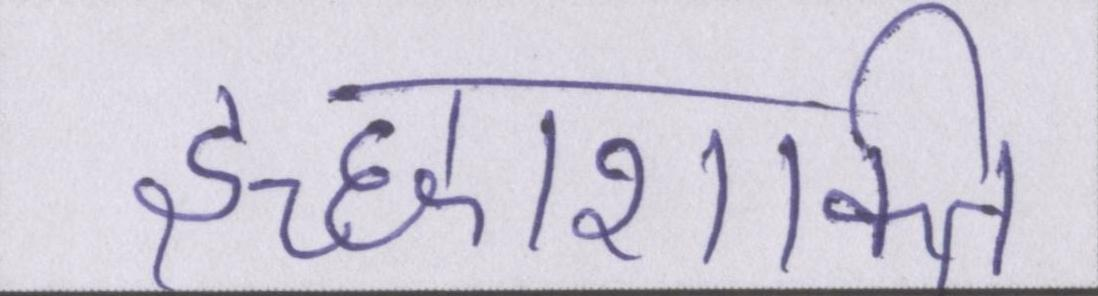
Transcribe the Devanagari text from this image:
इच्छाशक्ति